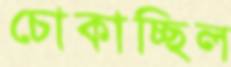
চোকাচ্ছিল